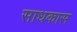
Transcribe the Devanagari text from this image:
साधकास